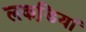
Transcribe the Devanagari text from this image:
लकडि़यां